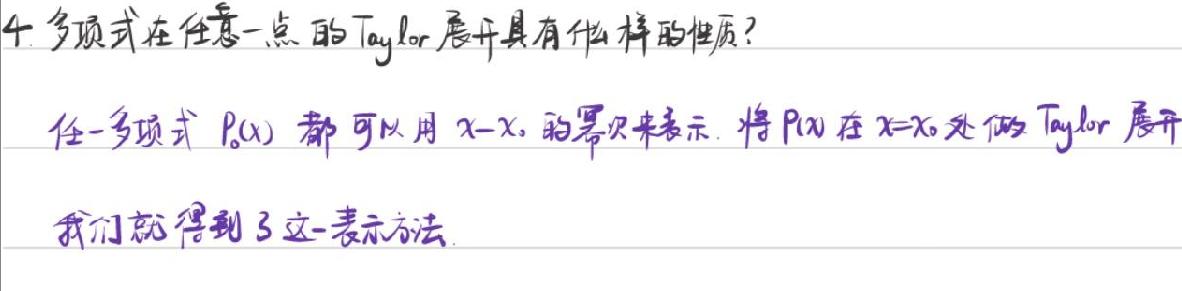
4. 多项式在任意一点的Taylor展开具有什么样的性质？

任一个多项式 $P_n(x)$ 都可以用 $x - x_0$ 的幂次来表示，将 $P_n(x)$ 在 $x = x_0$ 处的Taylor展开，我们就得到了这一表示方法。